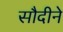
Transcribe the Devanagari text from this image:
सौदीने